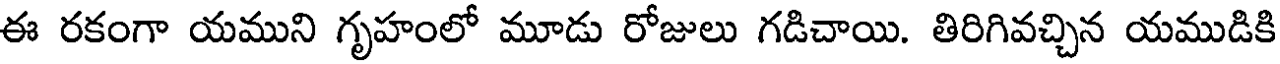
ఈ రకంగా యముని గృహంలో మూడు రోజులు గడిచాయి. తిరిగివచ్చిన యముడికి